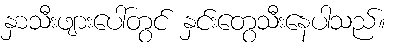
နှာသီးဖျားပေါ်တွင် နှင်းတွေသီးနေပါသည်။